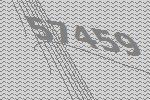
57459